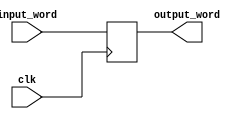
module wordlatches_nowren(clk, input_word, output_word);
input clk;
input[31:0] input_word;
output reg[31:0] output_word;

always @(posedge clk) begin
	output_word = input_word;
end
endmodule 

module test_wordlatches_nowren;
wire[31:0] output_word;
reg[31:0] input_word;
reg clk;

wordlatches_nowren nowren(clk, input_word, output_word);

initial clk=0;
always #10 clk=!clk;    // 50MHz Clock

initial begin
input_word={4'b1111,28'b0};
#10
input_word={5'b11111,27'b0};
end
endmodule 

module wordlatches_wren(clk, input_word, output_word, pc_wren);
input clk;
input[31:0] input_word;
input pc_wren;
output reg[31:0] output_word = 'b00000000000000000000000000000000;

always @(posedge clk) begin
	if(pc_wren) begin 
		output_word = input_word;
	end
end
endmodule 

module test_wordlatches_wren;
wire[31:0] output_word;
reg[31:0] input_word;
reg clk, pc_wren;

wordlatches_wren wren(clk, input_word, output_word, pc_wren);

initial clk=0;
always #10 clk=!clk;    // 50MHz Clock

initial begin
input_word={32'b0};
pc_wren=0;
#10
input_word={5'b11111,27'b0};
pc_wren=1;
#10
input_word={9'b1,23'b0};
pc_wren=0;
end
endmodule